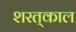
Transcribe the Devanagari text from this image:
शरत्‌काल